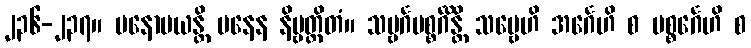
၂၃၆-၂၃၇။ မနောမယန္တိ မနေန နိဗ္ဗတ္တိတံ။ သဗ္ဗင်္ဂပစ္စင်္ဂိန္တိ သဗ္ဗေဟိ အင်္ဂေဟိ စ ပစ္စင်္ဂေဟိ စ